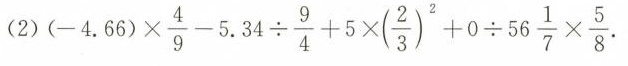
(2)$$( - 4 . 6 6 ) \times \frac { 4 } { 9 } - 5 . 3 4 \div \frac { 9 } { 4 } + 5 \times ( \frac { 2 } { 3 } ) ^ { 2 } + 0 \div 5 6 \frac { 1 } { 7 } \times \frac { 5 } { 8 } .